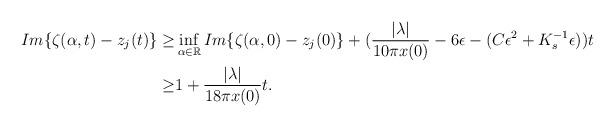
LaTeX: \begin{align*} Im\{\zeta(\alpha,t)-z_j(t)\} \geq & \inf_{\alpha\in\mathbb{R}}Im\{\zeta(\alpha,0)-z_j(0)\}+(\frac{|\lambda|}{10\pi x(0)}-6\epsilon-(C\epsilon^2+K_s^{-1}\epsilon))t\\ \geq & 1+\frac{|\lambda|}{18\pi x(0)}t. \end{align*}